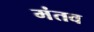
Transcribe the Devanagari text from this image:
मंतव